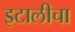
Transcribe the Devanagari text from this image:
इटालीचा